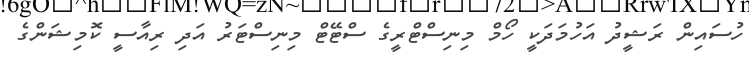
ހުސައިން ރަޝީދު އަހުމަދަކީ ހޯމް މިނިސްޓްރީގެ ސްޓޭޓް މިނިސްޓަރު އަދި ރިއާސީ ކޮމިޝަންގެ